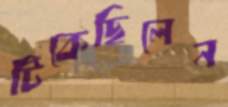
টিকেছিলেন